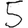
Digit: 5